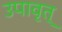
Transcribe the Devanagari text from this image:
उपावृत्